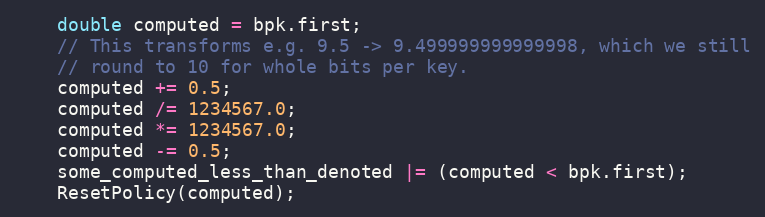
Language: C++
    double computed = bpk.first;
    // This transforms e.g. 9.5 -> 9.499999999999998, which we still
    // round to 10 for whole bits per key.
    computed += 0.5;
    computed /= 1234567.0;
    computed *= 1234567.0;
    computed -= 0.5;
    some_computed_less_than_denoted |= (computed < bpk.first);
    ResetPolicy(computed);